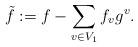
LaTeX: \begin{align*} \tilde f:=f-\sum_{v\in V_1}f_vg^v.\end{align*}